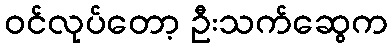
ဝင်လုပ်တော့ ဦးသက်ဆွေက